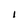
Character: l